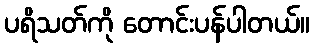
ပရိသတ်ကို တောင်းပန်ပါတယ်။